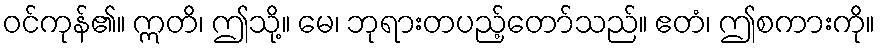
ဝင်ကုန်၏။ ဣတိ၊ ဤသို့။ မေ၊ ဘုရားတပည့်တော်သည်။ ဧတံ၊ ဤစကားကို။